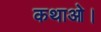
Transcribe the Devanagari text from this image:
कथाओ।